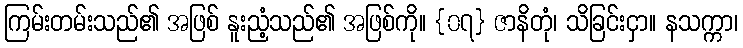
ကြမ်းတမ်းသည်၏ အဖြစ် နူးညံ့သည်၏ အဖြစ်ကို။ {၀၇} ဇာနိတုံ၊ သိခြင်းငှာ။ နသက္ကာ၊